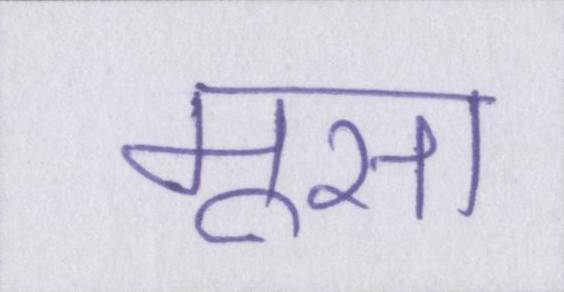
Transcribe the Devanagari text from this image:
मूसा